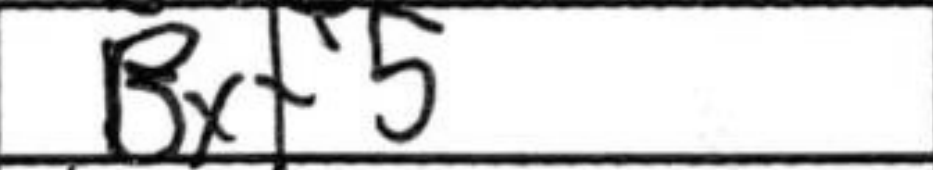
Transcription: Bxf5